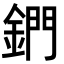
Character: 鍆